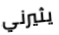
يثيرني